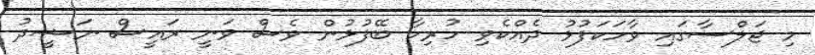
މި ޖަލްސާގައި ވާހަކަފުޅު ދެއްކެވި ހުރިހާ ބޭފުޅުން ވެސް ވަނީ ރައީސް ނަޝީދު